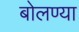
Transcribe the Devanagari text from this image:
बोलण्या